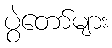
ပွဲတော်များ